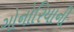
ગોનોરિયાની